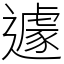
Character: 遽